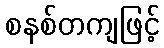
စနစ်တကျဖြင့်